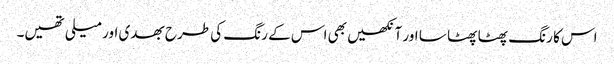
اس کا رنگ پھٹا پھٹا سا اور آنکھیں بھی اس کے رنگ کی طرح بھدی اور میلی تھیں۔